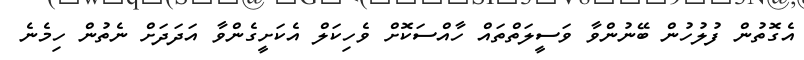
އެގޮތުން ފުލުހުން ބޭނުންވާ ވަސީލަތްތައް ހާއްސަކޮށް ވެހިކަލް އެކަށީގެންވާ އަދަދަށް ނެތުން ހިމެނެ